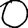
Digit: 0